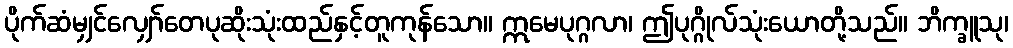
ပိုက်ဆံမျှင်လျှော်တေပုဆိုးသုံးထည်နှင့်တူကုန်သော။ ဣမေပုဂ္ဂလာ၊ ဤပုဂ္ဂိုလ်သုံးယောတို့သည်။ ဘိက္ခူသု၊